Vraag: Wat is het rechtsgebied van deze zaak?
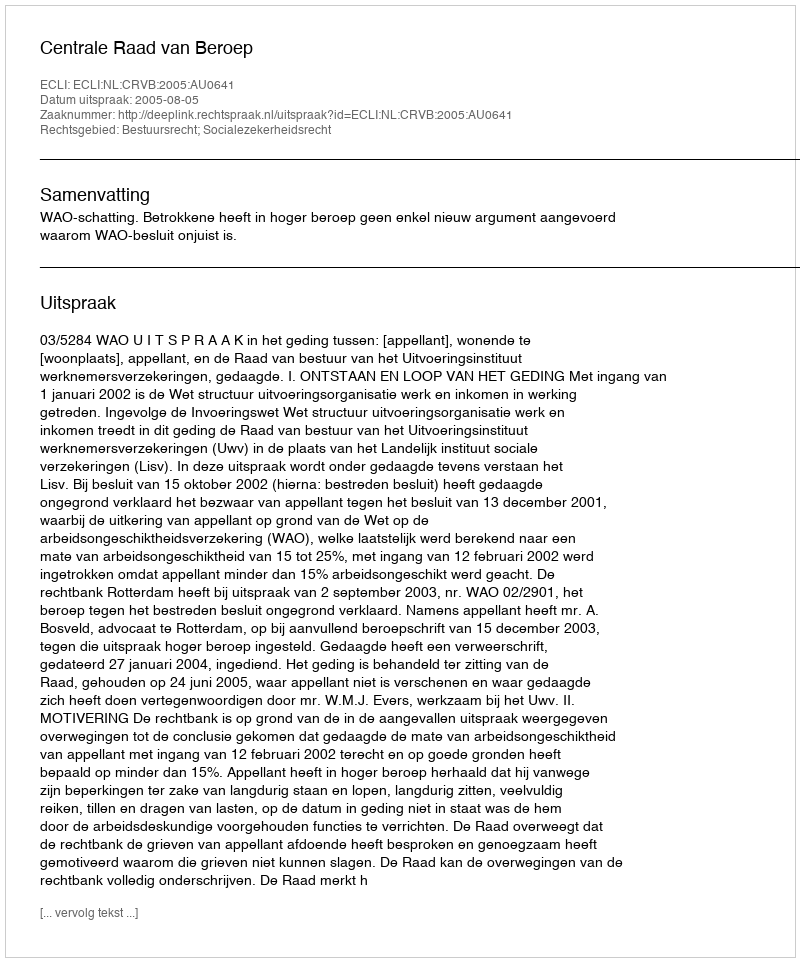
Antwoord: Bestuursrecht; Socialezekerheidsrecht